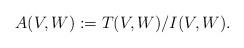
LaTeX: \begin{align*} A(V,W): =T(V,W)/I(V,W) . \end{align*}